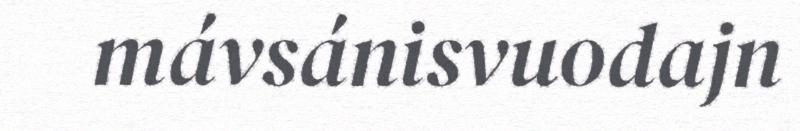
mávsánisvuodajn